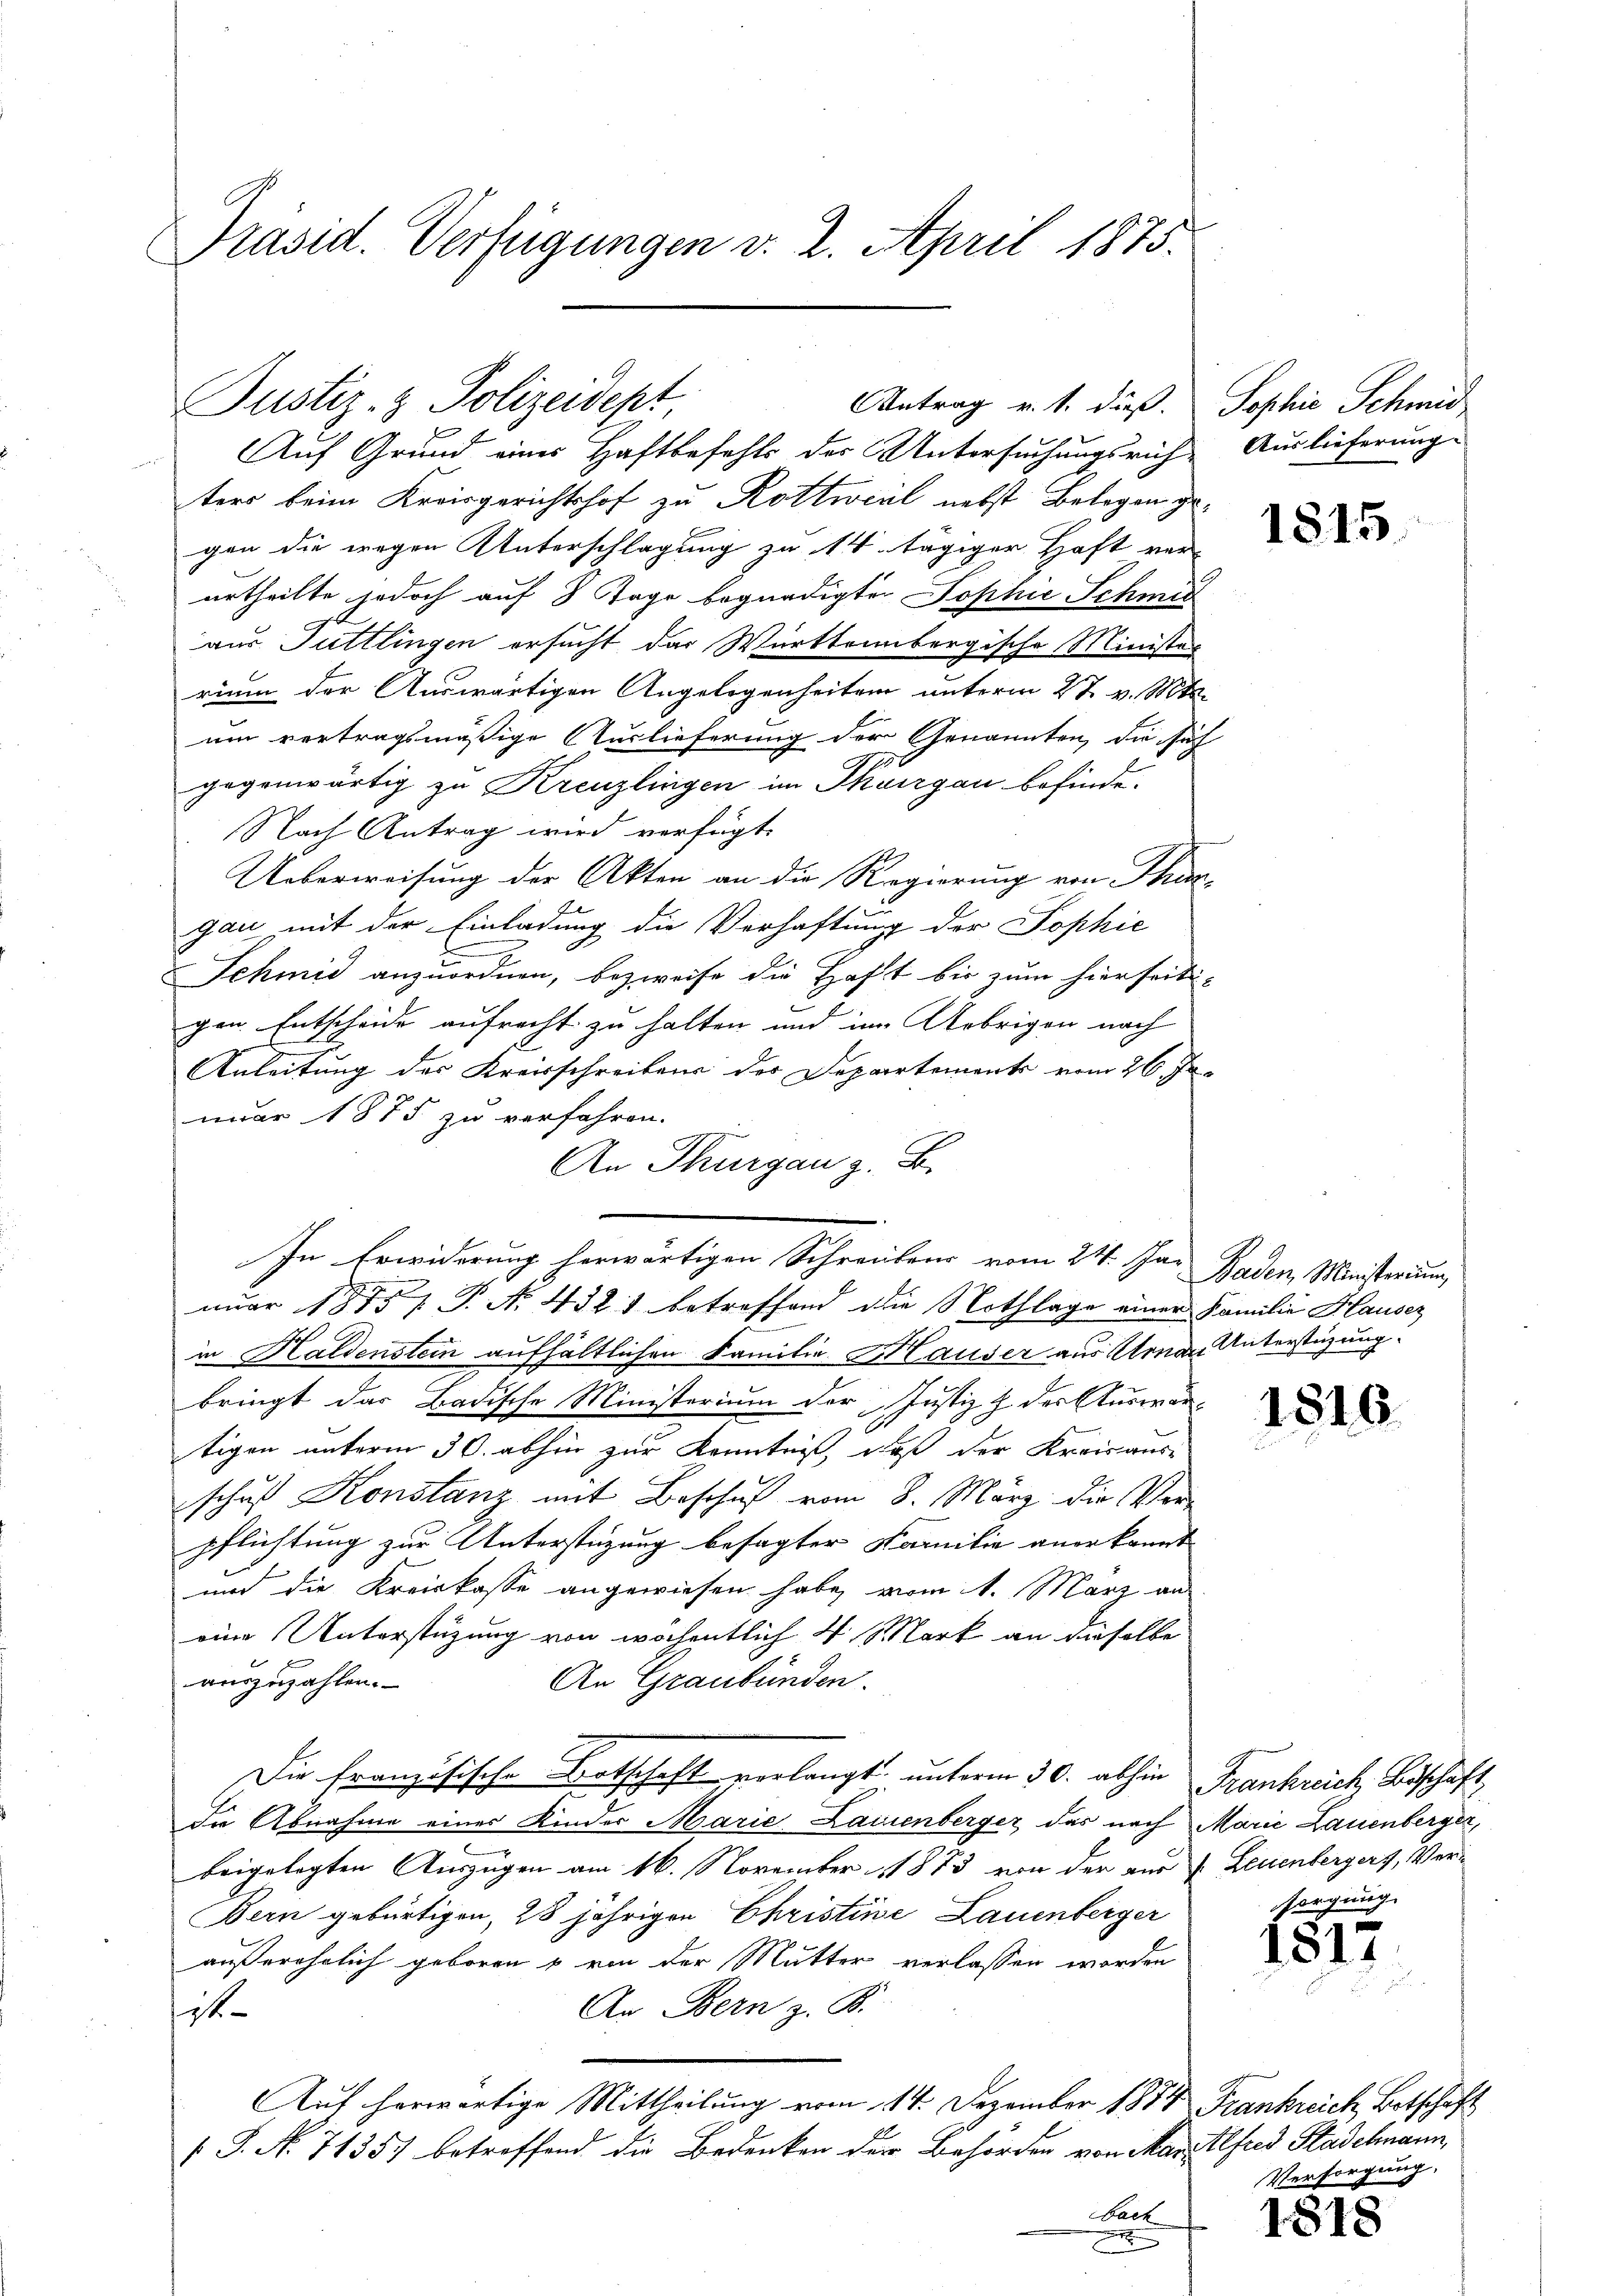
Präsid. Verfügungen v. 2. April 1875.

Justiz- & Polizeidept

Antrag v. 1. dieß. Sophie Schmid

Auf Grund eines Haftbefehls des Untersuchungsrichters beim Kreisgerichtshof zu Rottweil nebst Belegen gegen die wegen Unterschlagung zu 14 tägiger Haft ver-
urtheilte jedoch auf 8 Tage begnadigter Sophie Schmid
aus Tuttlingen ersucht das Württembergische Minister
rium der Auswärtigen Angelegenheiten unterm 27. v. Mts.
um vertragsmäßige Auslieferung der Genannten, die sich
gegenwärtig zu Kreuzlingen im Thurgau befinde.
Nach Antrag wird verfügt.
Ueberweisung der Akten an die Regierung von Thur-
gau mit der Einladung die Verhaftung der Sophie
Schmid anzuordnen, bezweife die Haft bis zum hierseiti-
gen. Entscheide aufrecht zu halten und im Uebrigen nach
Anleitung des Kreisschreibens der Departements vom 26. Ju
nuar 1875 zu verfahren.
An Thurgau z. B.
nuar 1875 7 P. N. 432. betreffend die Nothlage einer Familie Hauser
in Haldenstein aufhältlichen Familie Hauser aus Urner Unterstüzung
bringt das Badische Ministerium der Justiz z. der Auswärtigen unterm 30. abhin zur Kenntnis, daß der Kreisausschuß Konstanz mit Beschuß vom 8. März die Verpflichtung zur Unterstüzung besagter Familie anerkannt
und die Kreiskasse angewiesen habe, vom 1. März an
eine Unterstüzung von wöchentlich 4 Mark an dieselbe
auszuzahlen.
An Graubünden.
Die Französische Botschaft vorlangt unterm 30. abhin Frankreich, Beschaft
die Abnahme eines Kinder Marie Lauienberger, das nach Marie Lauenberger,
beigelegten Auszügen am 16. November 1873 von der aus Leuenbergers, Ver¬
Bern gebürtigen, 28 jährigen Christine Lauenberger
außerehrlich geboren & von der Mutter verlassen worden
An Bern z. B.
st
Auf herwärtige Mittheilung vom 14. Dezember 1872 Frankreich Betschaft
 P. Nr. 71357 betreffend die Bedenken der Behörden von Mar. Alfred Stadelmann,
bach
e

In Erwiderung herwärtigen Schreibens vom 24. Jan Baden Ministerium

Auslieferung.

1815.

1816.

sorgung.

1817

Versorgung.

1818